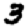
Digit: 3